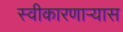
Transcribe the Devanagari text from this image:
स्वीकारणार्‍यास